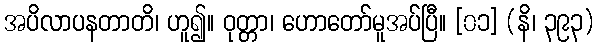
အပိလာပနတာတိ၊ ဟူ၍။ ဝုတ္တာ၊ ဟောတော်မူအပ်ပြီ။ [၀၁] (နိ၊ ၃၉၃)